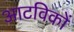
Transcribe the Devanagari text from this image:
आटविकों